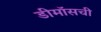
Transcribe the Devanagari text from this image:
डीमॉसची